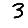
Digit: 3